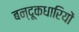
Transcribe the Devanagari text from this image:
बन्दूकधारियों